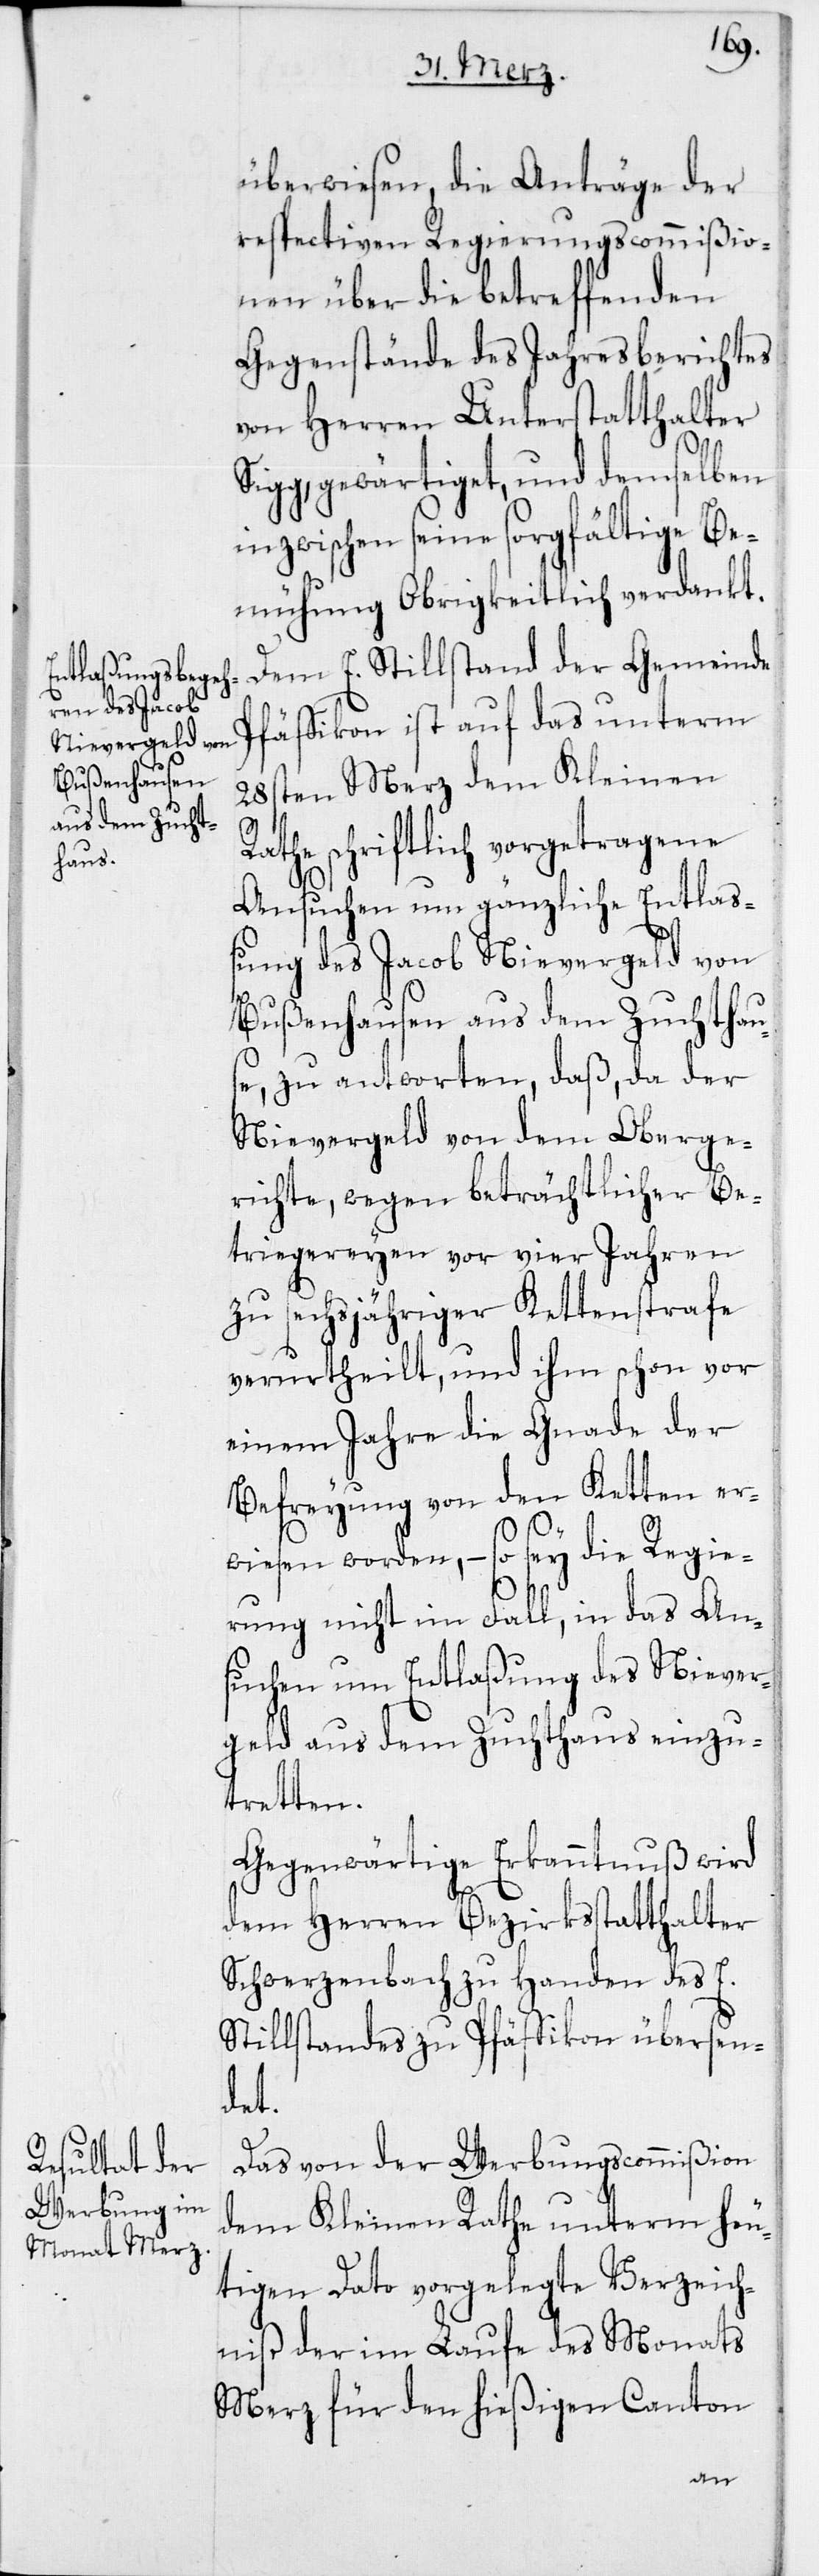
überwiesen, die Anträge der
respectiven Regierungscommißio¬
nen über die betreffenden
Gegenstände des Jahresberichtes
von Herren Unterstatthalter
gewärtiget, und demselben
inzwischen seine sorgfältige Be¬
mühung Obrigkeitlich verdankt.
Dem E. Stillstand der Gemeinde
Pfäffikon ist auf das unterm
28sten Merz dem Kleinen
Rathe schriftlich vorgetragene
Ansuchen um gänzliche Entlaß¬
ung des Jacob Nievergeld von
Bußenhausen aus dem Zuchthau¬
se, zu antworten, daß, da der
Nievergeld von dem Oberge¬
richte, wegen beträchtlicher Be¬
triegereyen vor vier Jahren
zu sechsjähriger Kettenstrafe
verurtheilt, und ihm schon vor
einem Jahre die Gnade der
Befreyung von den Ketten er¬
wiesen worden, – so sey die Regie¬
rung nicht im Fall, in das An¬
suchen um Entlaßung des Niever¬
geld aus dem Zuchthaus einzu¬
tretten.
Gegenwärtige Erkanntnuß wird
dem Herren Bezirksstatthalter
Schwerzenbach zu Handen des E.
Stillstandes zu Pfäffikon übersen¬
det.
Das von der Werbungscommißion
dem Kleinen Rathe unterm heu¬
tigen Dato vorgelegte Verzeich¬
niß der im Laufe des Monats
Merz für den hießigen Canton